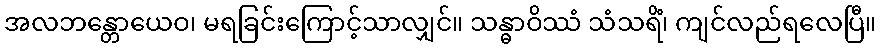
အလဘန္တောယေဝ၊ မရခြင်းကြောင့်သာလျှင်။ သန္ဓာဝိဿံ သံသရိံ၊ ကျင်လည်ရလေပြီ။